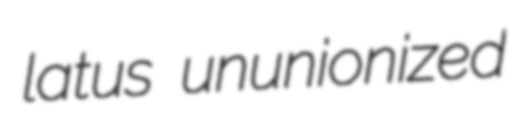
latus ununionized